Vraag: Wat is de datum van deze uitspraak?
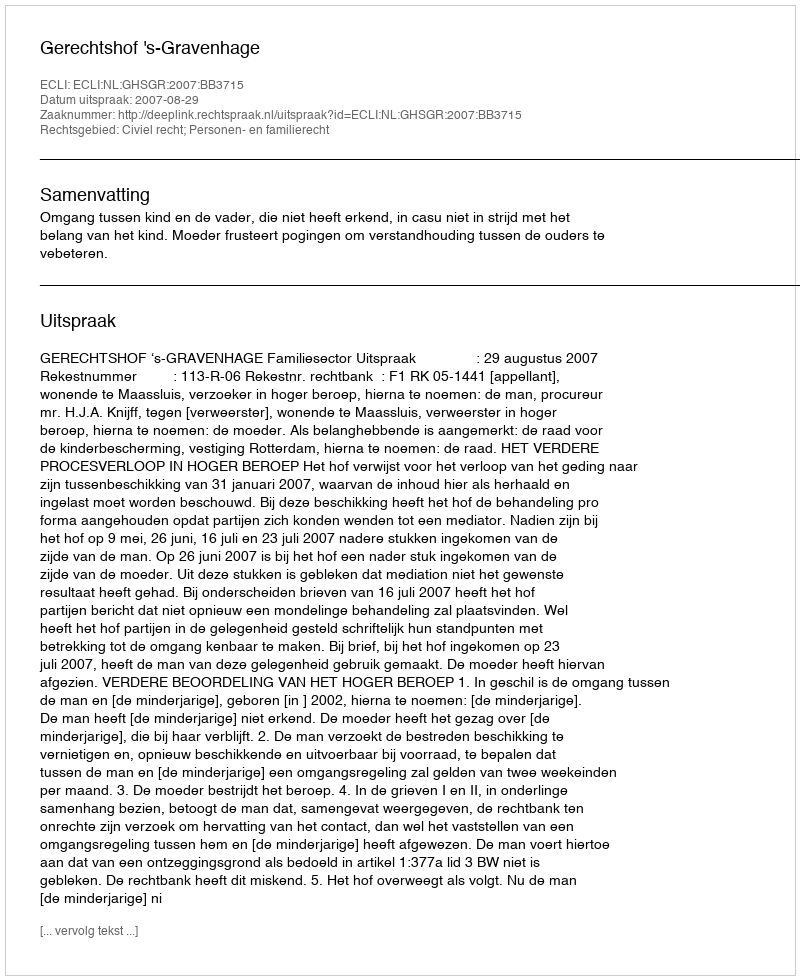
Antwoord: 2007-08-29